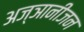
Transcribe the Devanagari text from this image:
अज्ञानीजन